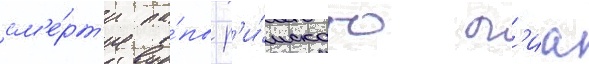
см'е́рт'и па́пы р'и́мского п'иа